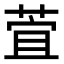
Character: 萓